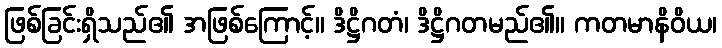
ဖြစ်ခြင်းရှိသည်၏ အဖြစ်ကြောင့်။ ဒိဋ္ဌိဂတံ၊ ဒိဋ္ဌိဂတမည်၏။ ကတမာနိဝိယ၊